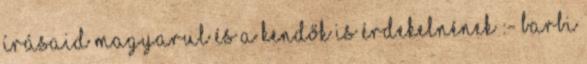
írásaid magyarul és a kendők is érdekelnének :- Barbi